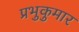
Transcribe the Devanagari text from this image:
प्रभुकुमार